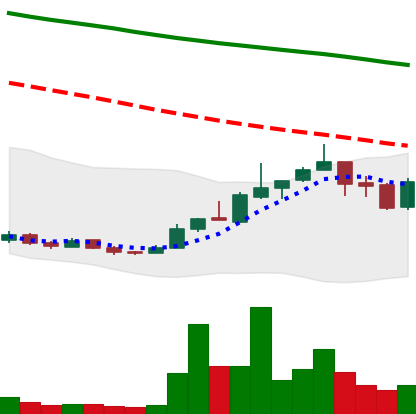
Ticker: ADA-USD
Chart end date: 2018-12-28
Forward return: 8.112%
Label: up_7plus